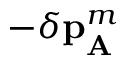
- \delta \mathbf { p } _ { \mathbf { A } } ^ { m }